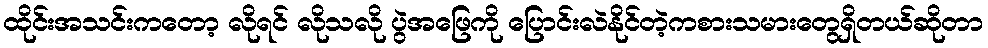
ထိုင်းအသင်းကတော့ လိုရင် လိုသလို ပွဲအဖြေကို ပြောင်းလဲနိုင်တဲ့ကစားသမားတွေရှိတယ်ဆိုတာ